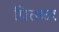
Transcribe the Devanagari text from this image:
पित्तकर